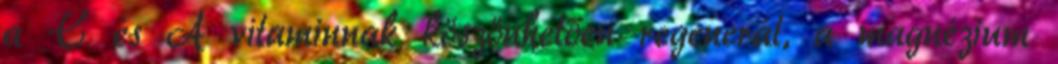
a C és A vitaminnak köszönhetően regenerál, a magnézium